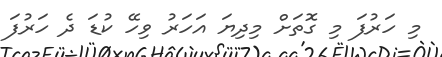
މި ހަރުފަ މި ގޮތަށް މިދިޔަ އަހަރު ވިހޭ ކުޑަ ދެ ހަރުފަ